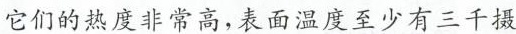
它们的热度非常高，表面温度至少有三千摄